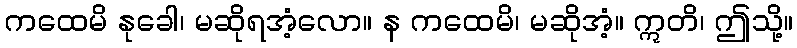
ကထေမိ နုခေါ၊ မဆိုရအံ့လော။ န ကထေမိ၊ မဆိုအံ့။ ဣတိ၊ ဤသို့။